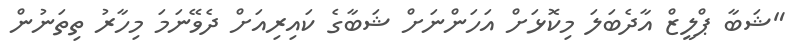
"ޝަބާ ޕްލީޒް އާދެބަލަ މިކޮޅަށް އަހަންނަށް ޝަބާގެ ކައިރިއަށް ދެވޭނަމަ މިހާރު ތިތަނުން